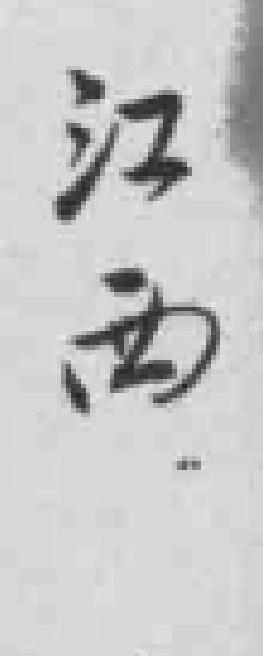
江西